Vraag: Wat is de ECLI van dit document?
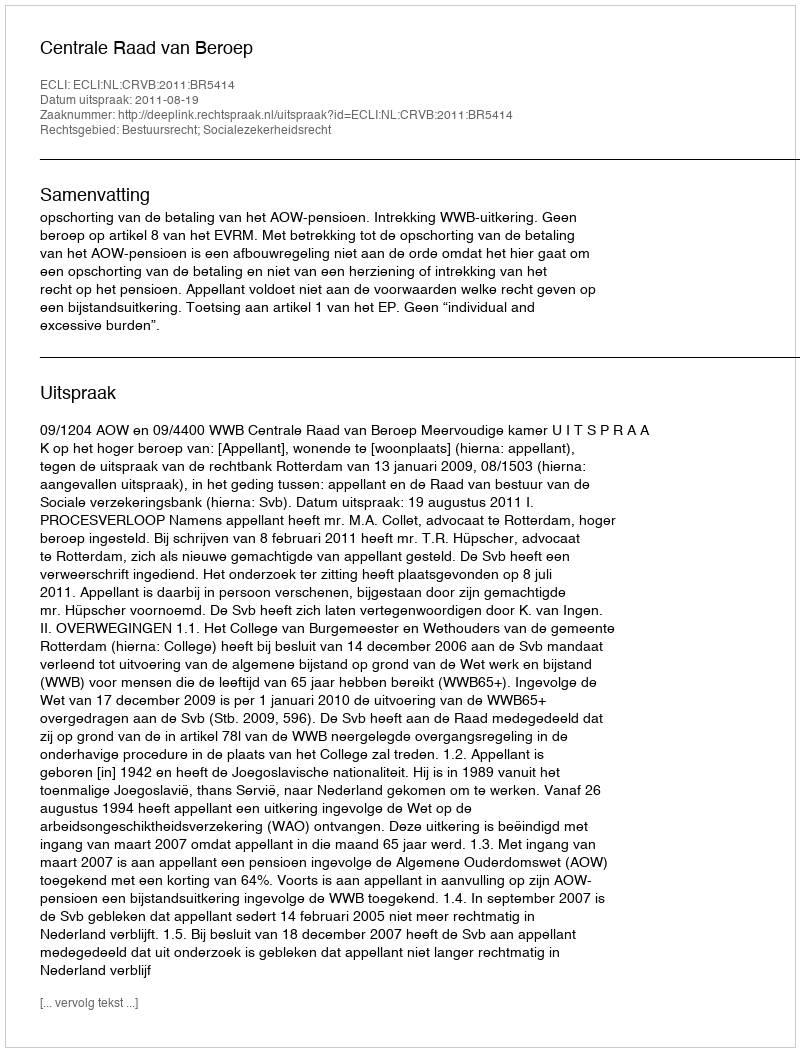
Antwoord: ECLI:NL:CRVB:2011:BR5414